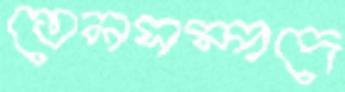
তেলসম্পদে